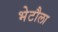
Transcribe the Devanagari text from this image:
भेटौला